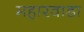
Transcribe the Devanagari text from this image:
महारवाडा